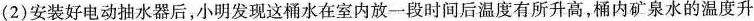
(2)安装好电动抽水器后，小明发现这桶水在室内放一段时间后温度有所升高，桶内矿泉水的温度升